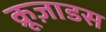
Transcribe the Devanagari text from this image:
क्रूज़ाडस